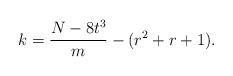
LaTeX: \begin{align*}k=\frac{N-8 t^3}{m}-(r^2+r+1).\end{align*}